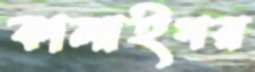
কালাইগর